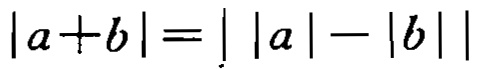
\(\vert a + b\vert = \vert\vert a\vert - \vert b\vert\vert\)